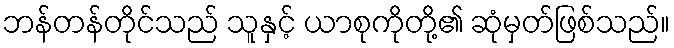
ဘန်တန်တိုင်သည် သူနှင့် ယာစုကိုတို့၏ ဆုံမှတ်ဖြစ်သည်။